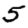
Digit: 5